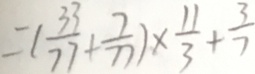
= ( \frac { 3 3 } { 7 7 } + \frac { 7 } { 7 7 } ) \times \frac { 1 1 } { 3 } + \frac { 3 } { 7 }